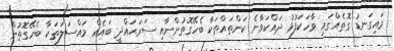
މައިގަނޑު ގޮތެއްގައި ވާހަކަފުޅު ދައްކަވާނެ ކަންތައްތަކާ ބެހޭގޮތުންނާއި ސަރަޙައްދީ ބައެއް މައްސަލަތަކާ ބެހޭގޮތުން